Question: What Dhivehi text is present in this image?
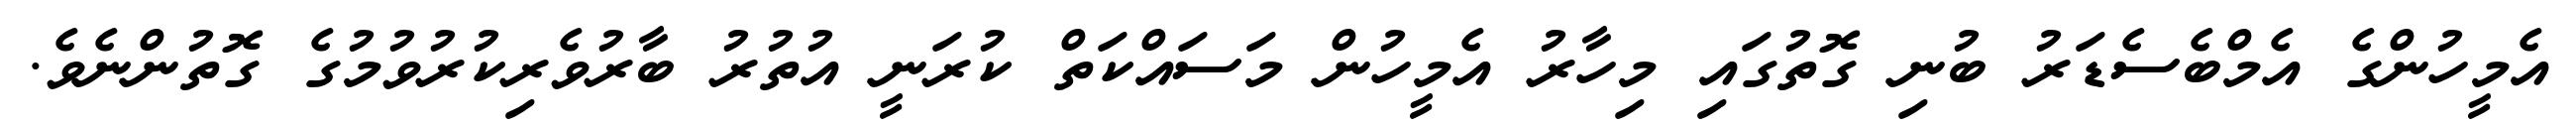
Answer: އެމީހުންގެ އެމްބެސެޑަރު ބުނި ގޮތުގައި މިހާރު އެމީހުން މަސައްކަތް ކުރަނީ އުތުރު ބާރުވެރިކުރުވުމުގެ ގޮތުންނެވެ.